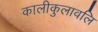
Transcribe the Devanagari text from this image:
कालीकुलावलि